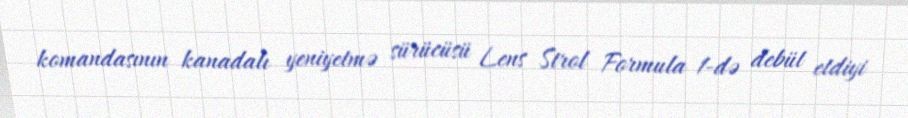
komandasının kanadalı yeniyetmə sürücüsü Lens Strol Formula 1-də debüt etdiyi